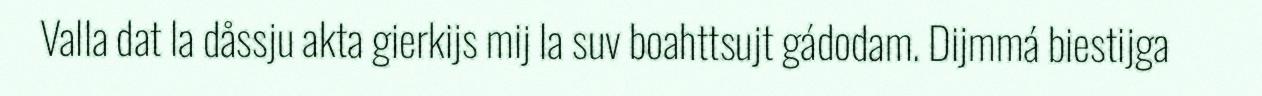
Valla dat la dåssju akta gierkijs mij la suv boahttsujt gádodam. Dijmmá biestijga